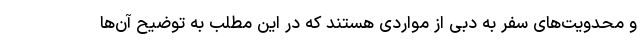
و محدویت‌های سفر به دبی از مواردی هستند که در این مطلب به توضیح آن‌ها